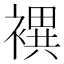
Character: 𧝀